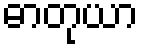
ဓာတုယာ